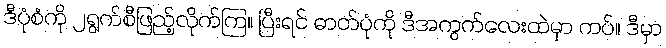
ဒီပုံစံကို ၂ရွက်စီဖြည့်လိုက်ကြ။ ပြီးရင် ဓာတ်ပုံကို ဒီအကွက်လေးထဲမှာ ကပ်။ ဒီမှာ